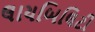
લાયબિલિટી